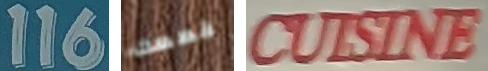
116 قصصك CULSINE